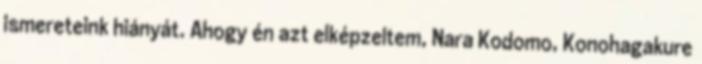
ismereteink hiányát. Ahogy én azt elképzeltem, Nara Kodomo, Konohagakure